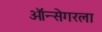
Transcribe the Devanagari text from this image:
ऑन्सेगरला